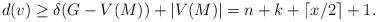
LaTeX: \begin{align*}d(v)\ge \delta(G-V(M))+|V(M)|=n+k+\lceil x/2\rceil+1.\end{align*}